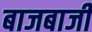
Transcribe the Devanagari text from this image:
बाजबाजी